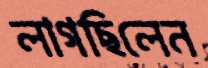
লাগছিলেন